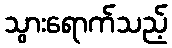
သွားရောက်သည့်